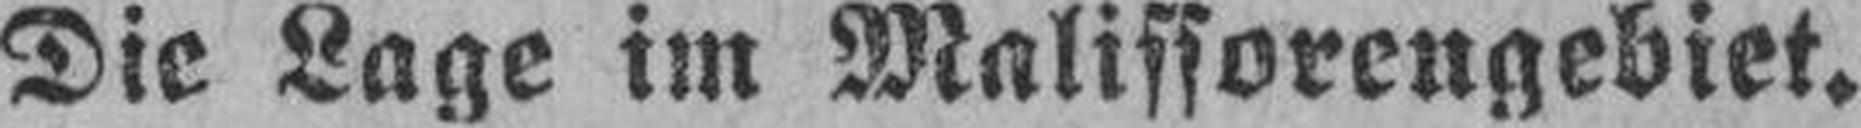
Die Lage im Malissorengebiet.